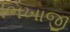
ભિખાજી